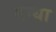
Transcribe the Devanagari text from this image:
गन्धा